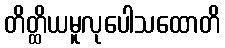
တိတ္ထိယမူလုပေါသထောတိ